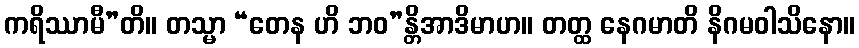
ကရိဿာမီ”တိ။ တသ္မာ “တေန ဟိ ဘဝ”န္တိအာဒိမာဟ။ တတ္ထ နေဂမာတိ နိဂမဝါသိနော။